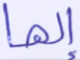
إلها